Note on the mental hospitals in Burma - 1925-1940
Year: 1925
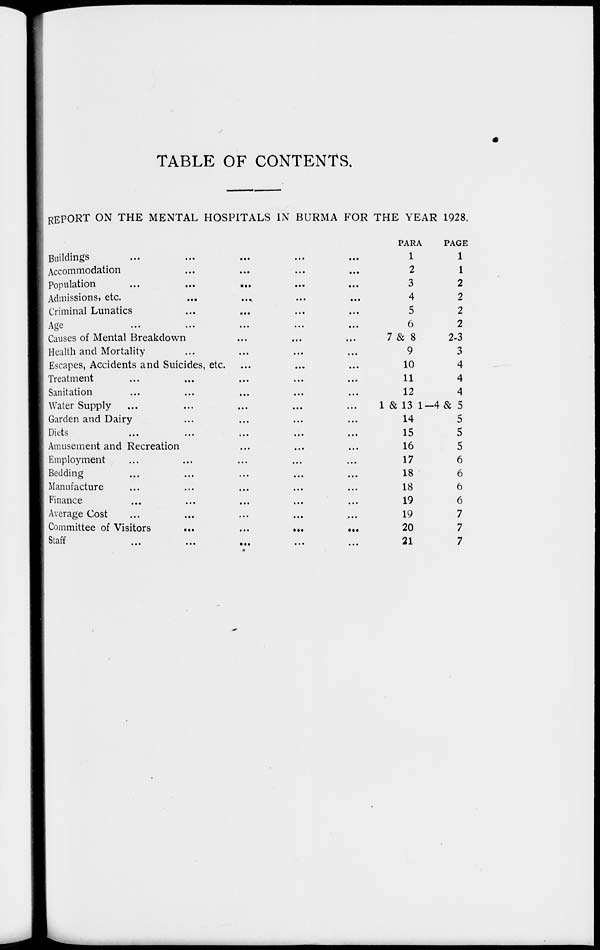
TABLE OF CONTENTS.
REPORT ON THE MENTAL HOSPITALS IN BURMA FOR THE YEAR 1928.
Buildings
...
...
...
...
...
Accommodation ... ... ... ...
Population
...
...
...
...
Admissions, etc. ... ... ... ...
Criminal Lunatics ... ... ... ...
Age ... ... ... ... ...
Causes of Mental Breakdown ... ... ...
Health and Mortality ... ... ... ...
Escapes, Accidents and Suicides, etc. ... ... ...
Treatment ... ... ... ... ...
Sanitation ... ... ... ... ...
Water Supply ... ... ... ... ...
Garden and Dairy ... ... ... ... ...
Diets ... ... ... ... ...
Amusement and Recreation ... ... ...
Employment ... ... ... ... ...
Bedding ... ... ... ... ...
Manufacture ... ... ... ... ...
Finance ... ... ... ... ...
Average Cost ... ... ... ... ...
Committee of Visitors
...
...
...
...
Staff ... ... ... ... ...
PARA
1
2
3
4
5
6
7 & 8
9
10
11
12
1 & 13
14
15
16
17
18
18
19
19
20
21
PAGE
1
1
2
2
2
2
2-3
3
4
4
4
1—4& 5
5
5
5
6
6
6
6
7
7
7